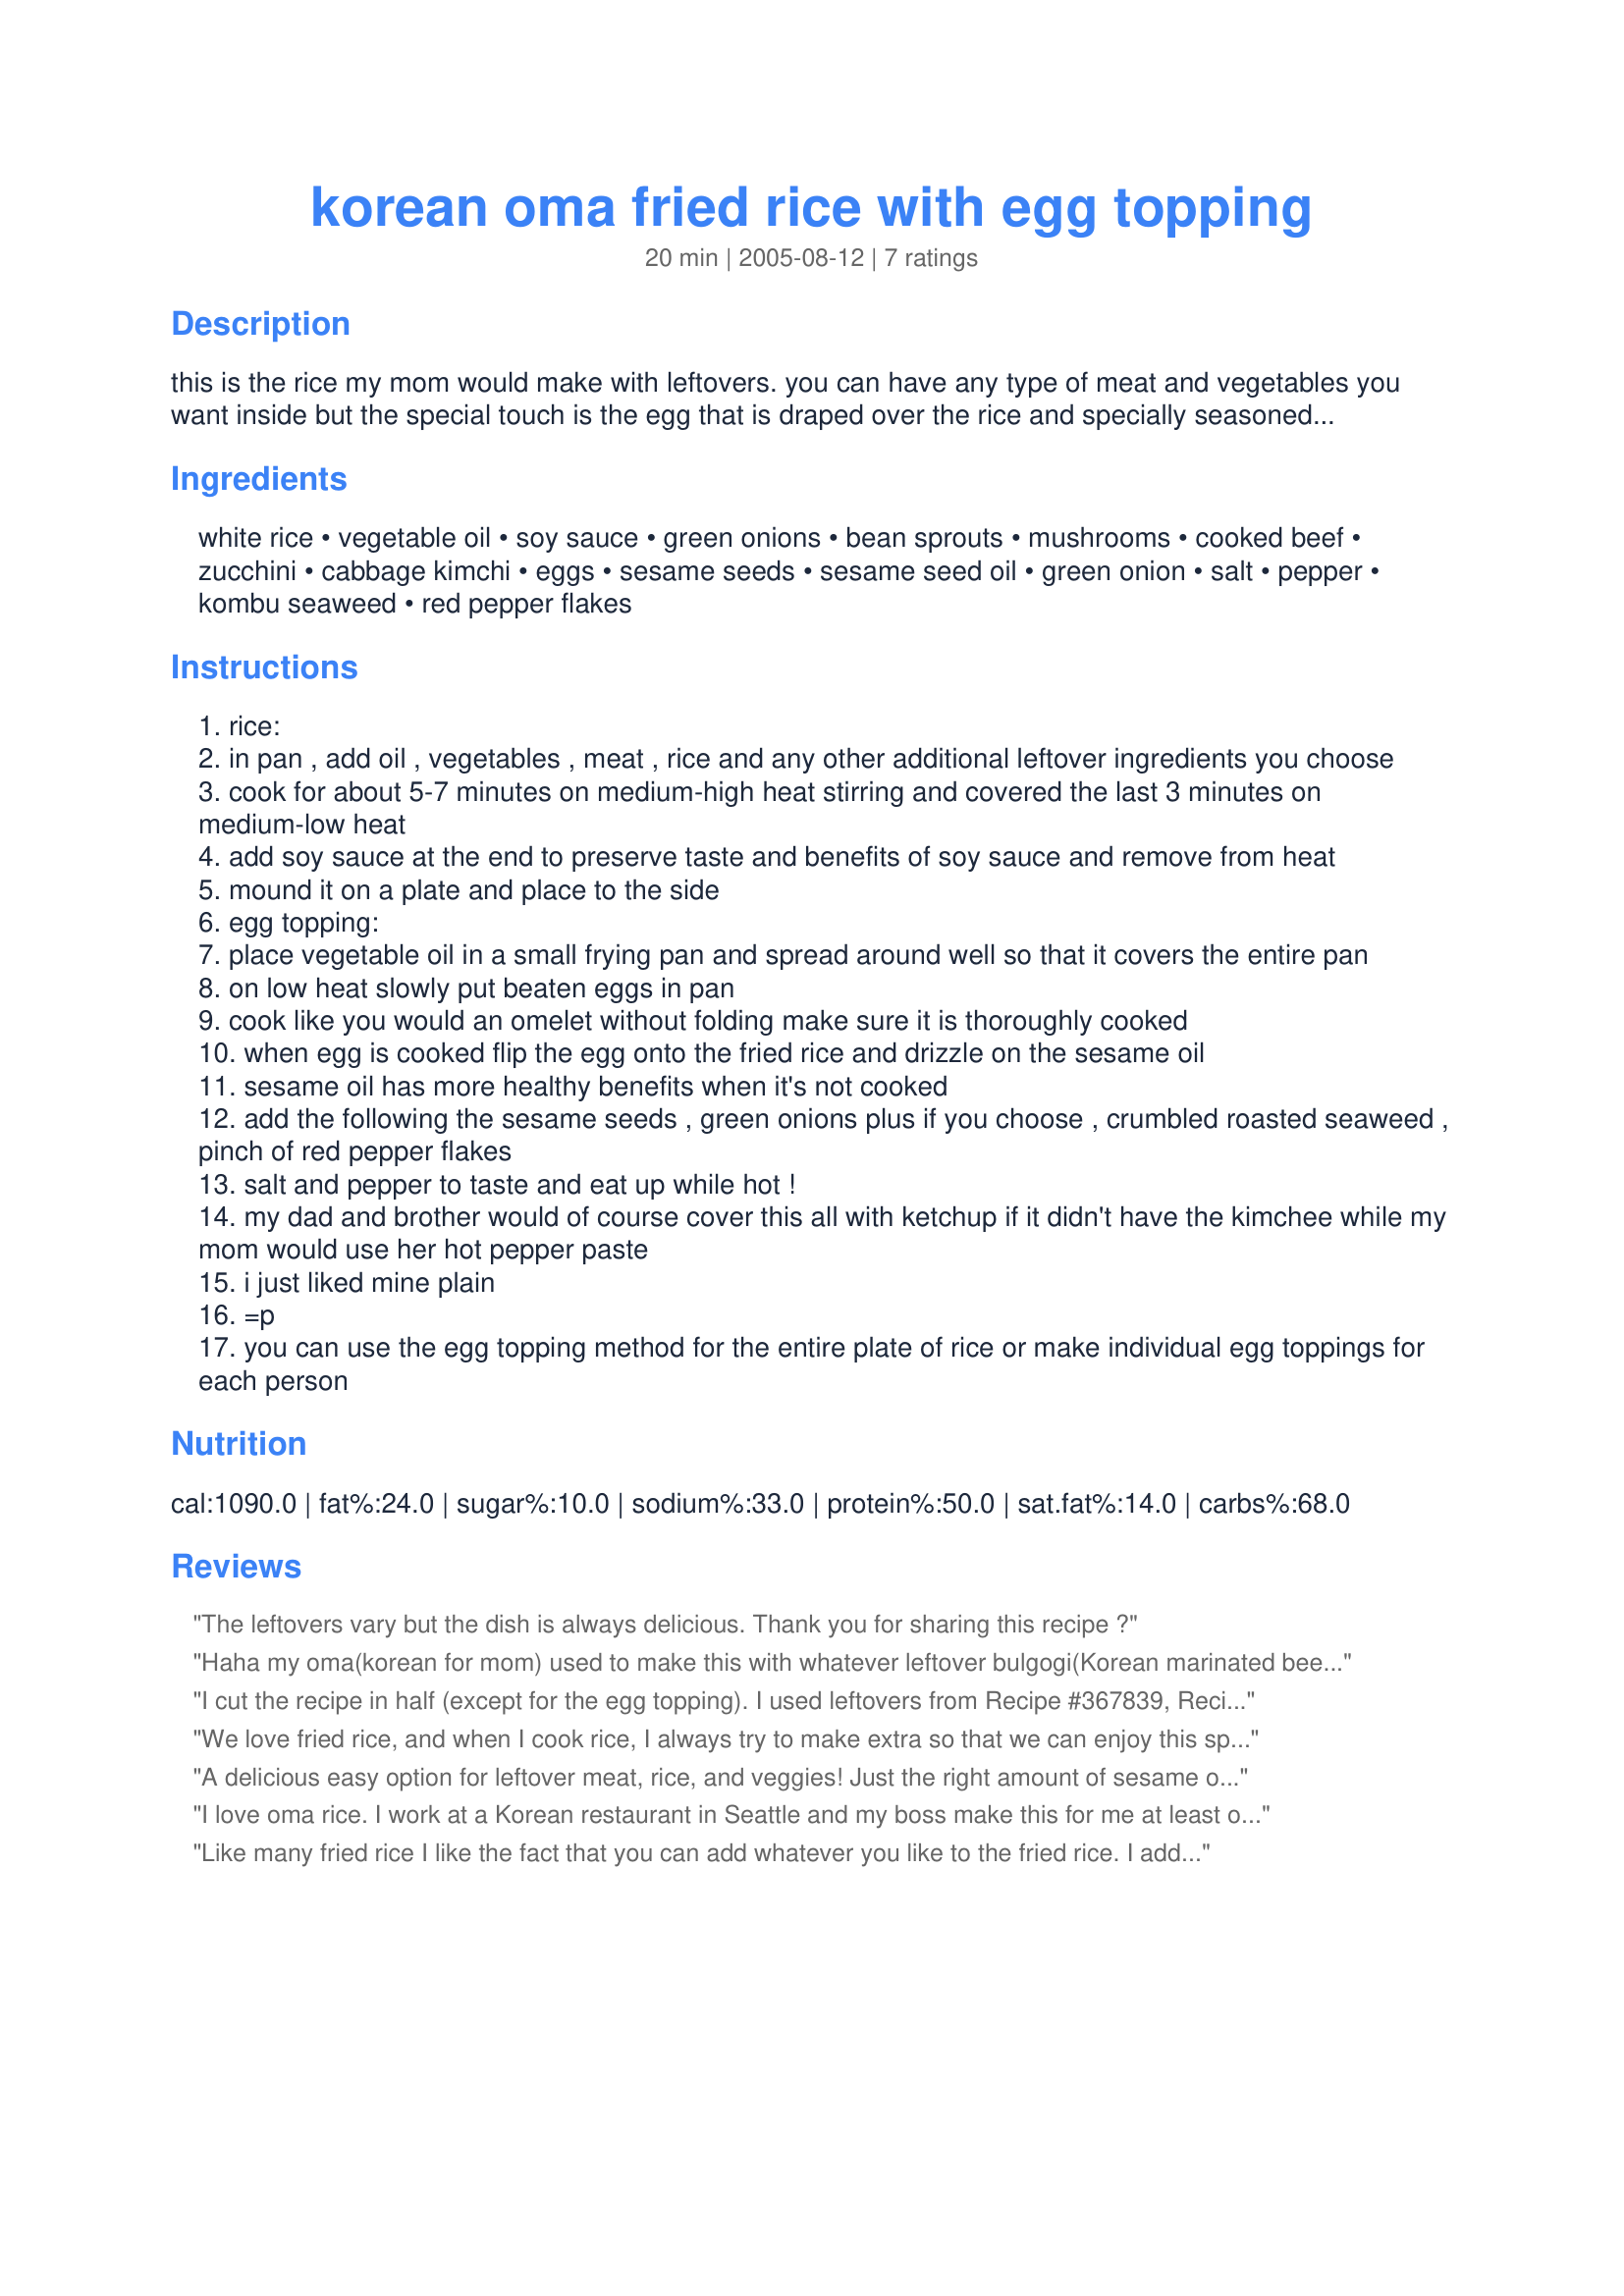
korean oma fried rice with egg topping
Preparation time: 20 minutes

this is the rice my mom would make with leftovers. you can have any type of meat and vegetables you want inside but the special touch is the egg that is draped over the rice and specially seasoned. the measurements are all approximate.

back in the day we would use reserved bacon fat instead of or along with the sesame seed oil because it would add a lot of flavor but this option of course is not very healthy.

Ingredients:
white rice, vegetable oil, soy sauce, green onions, bean sprouts, mushrooms, cooked beef, zucchini, cabbage kimchi, eggs, sesame seeds, sesame seed oil, green onion, salt, pepper, kombu seaweed, red pepper flakes

Steps:
rice:
in pan , add oil , vegetables , meat , rice and any other additional leftover ingredients you choose
cook for about 5-7 minutes on medium-high heat stirring and covered the last 3 minutes on medium-low heat
add soy sauce at the end to preserve taste and benefits of soy sauce and remove from heat
mound it on a plate and place to the side
egg topping:
place vegetable oil in a small frying pan and spread around well so that it covers the entire pan
on low heat slowly put beaten eggs in pan
cook like you would an omelet without folding make sure it is thoroughly cooked
when egg is cooked flip the egg onto the fried rice and drizzle on the sesame oil
sesame oil has more healthy benefits when it's not cooked
add the following the sesame seeds , green onions plus if you choose , crumbled roasted seaweed , pinch of red pepper flakes
salt and pepper to taste and eat up while hot !
my dad and brother would of course cover this all with ketchup if it didn't have the kimchee while my mom would use her hot pepper paste
i just liked mine plain
=p
you can use the egg topping method for the entire plate of rice or make individual egg toppings for each person

Reviews:
The leftovers vary but the dish is always delicious. Thank you for sharing this recipe ?
Haha my oma(korean for mom) used to make this with whatever leftover bulgogi(Korean marinated beef) we had.. I love it. Its one of my favorites.
I cut the recipe in half (except for the egg topping). I used leftovers from Recipe #367839, Recipe #368734, and Recipe #231540, chopped fine. I loved the egg topping with the sesame and green onion toppings. I'll definitely be making this again. with the variety of add-ins this will never get tiresome! Made for Unrated Asian Recipe Tag.
We love fried rice, and when I cook rice, I always try to make extra so that we can enjoy this special favourite shortly! To this recipe I added cooked bacon, peas, and a couple of finely diced cooked potatoes.
The egg topping was lovely, and this was well-received, DD2 was very disappointed that there were no leftovers for her lunch the next day, she would eat this every day!

Thank you, made for Unrated Asian recipes tag.
A delicious easy option for leftover meat, rice, and veggies! Just the right amount of sesame oil, too. Thank you myhaiku for sharing.
I love oma rice. I work at a Korean restaurant in Seattle and my boss make this for me at least once a week but i could eat it every day
Like many fried rice I like the fact that you can add whatever you like to the fried rice. I added already cooked ground beef sauteed with garlic, ginger, sake and soy sauce, 4 T chopped kimchi, and minced garlic cloves and ginger along with other ingredients the recipe called for. The egg topping was very nice addition to this kimchi fried rice. The overall taste was outstanding. Thank you for posting this. Made for Asian forum unrated Asian recipe tag.
